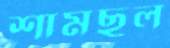
শামছুল